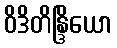
ဝိဒိတိန္ဒြိယော